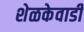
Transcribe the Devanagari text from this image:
शेळकेवाडी